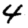
Digit: 4